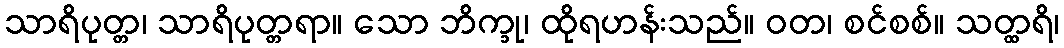
သာရိပုတ္တ၊ သာရိပုတ္တရာ။ သော ဘိက္ခု၊ ထိုရဟန်းသည်။ ဝတ၊ စင်စစ်။ သတ္ထရိ၊